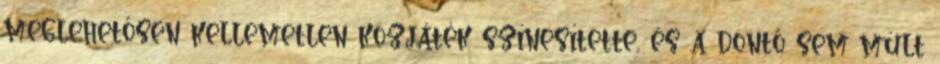
meglehetősen kellemetlen közjáték színesítette, és a döntő sem múlt